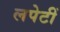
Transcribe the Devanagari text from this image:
लपेटीं